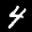
Label: 4